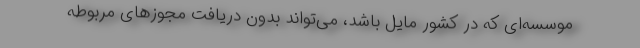
موسسه‌ای که در کشور مایل باشد، می‌تواند بدون دریافت مجوزهای مربوطه